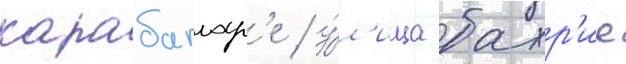
карабаглар'е / у́л'ица бахр'ие